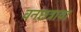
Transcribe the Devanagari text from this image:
वनछत्राचा